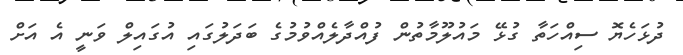
ދުޅަހެޔޮ ސިއްހަތާ ގުޅޭ މައުލޫމާތުން ފުއްދާލެއްވުމުގެ ބަދަލުގައި އުގައިލް ވަނީ އެ އަށް